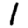
Digit: 1